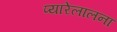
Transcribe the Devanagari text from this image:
प्यारेलालना